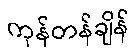
ကုန်တန်ချိန်